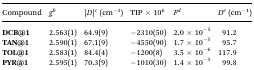
<table><thead><tr><td><b>Compound</b></td><td><b><i>g</i><sup><i>b</i></sup></b></td><td><b>|<i>D</i>|<sup><i>c</i></sup> (cm<sup>–1</sup>)</b></td><td><b>TIP × 10<sup>6</sup></b></td><td><b><i>F</i><sup><i>d</i></sup></b></td><td><b><i>D</i><sup><i>e</i></sup> (cm<sup>–1</sup>)</b></td></tr></thead><tbody><tr><td><b>DCB@1</b></td><td>2.563(1)</td><td>64.9(9)</td><td>–2310(50)</td><td>2.0 × 10<sup>–5</sup></td><td>91.2</td></tr><tr><td><b>TAN@1</b></td><td>2.590(1)</td><td>67.1(9)</td><td>–4550(90)</td><td>1.7 × 10<sup>–5</sup></td><td>95.7</td></tr><tr><td><b>TOL@1</b></td><td>2.583(1)</td><td>84.4(4)</td><td>–1200(8)</td><td>3.5 × 10<sup>–6</sup></td><td>117.9</td></tr><tr><td><b>PYR@1</b></td><td>2.595(1)</td><td>70.3(9)</td><td>–1010(30)</td><td>1.4 × 10<sup>–5</sup></td><td>99.8</td></tr></tbody></table>